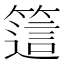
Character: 𥳅